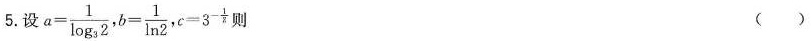
5.设 $$a = \frac { 1 } { \log _ { 3 } 2 }$$， $$b = \frac { 1 } { \ln 2 }$$，$$c = 3 ^ { - \frac { 1 } { 2 } }$$,则 ( )